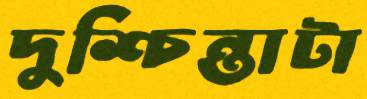
দুশ্চিন্তাটা